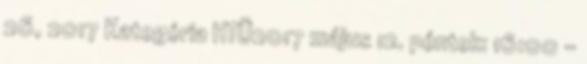
26, 2017 Kategória HTÜ2017 május 12. péntek: 16:00 –